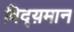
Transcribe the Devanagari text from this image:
विद्य़मान